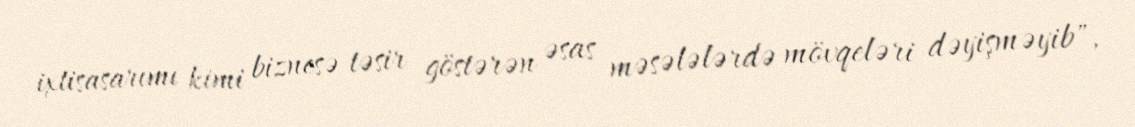
ixtisasarımı kimi biznesə təsir göstərən əsas məsələlərdə mövqeləri dəyişməyib",